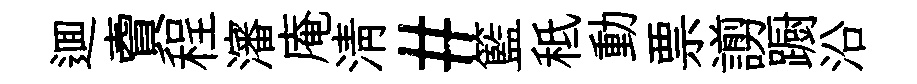
逥𧶠程瀋庵淸#籃秪動票謭蹰沿